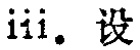
iii. 设